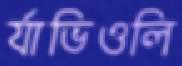
র‍্যাভিওলি